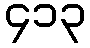
၄၁၃